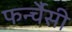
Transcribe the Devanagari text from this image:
फर्न्चैसी